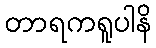
တာရကရူပါနိ